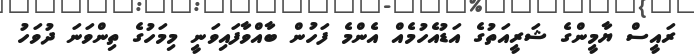
ރައީސް ޔާމީންގެ ޝަރީއަތުގެ އަޑުއެހުމެއް އެންމެ ފަހުން ބާއްވާފައިވަނީ މިމަހުގެ ތިންވަނަ ދުވަހު